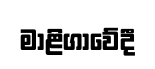
මාළිගාවේදී